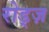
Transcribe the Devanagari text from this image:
रोड्ज़